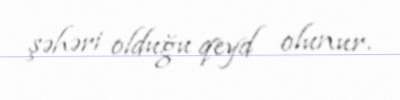
şəhəri olduğu qeyd olunur.